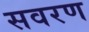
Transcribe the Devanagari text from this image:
सवरण